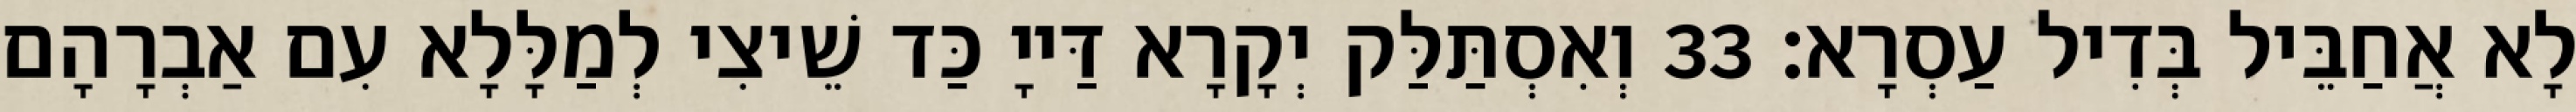
לָא אֲחַבֵּיל בְּדִיל עַסְרָא׃ 33 וְאִסְתַּלַּק יְקָרָא דַּייָ כַּד שֵׁיצִי לְמַלָּלָא עִם אַבְרָהָם